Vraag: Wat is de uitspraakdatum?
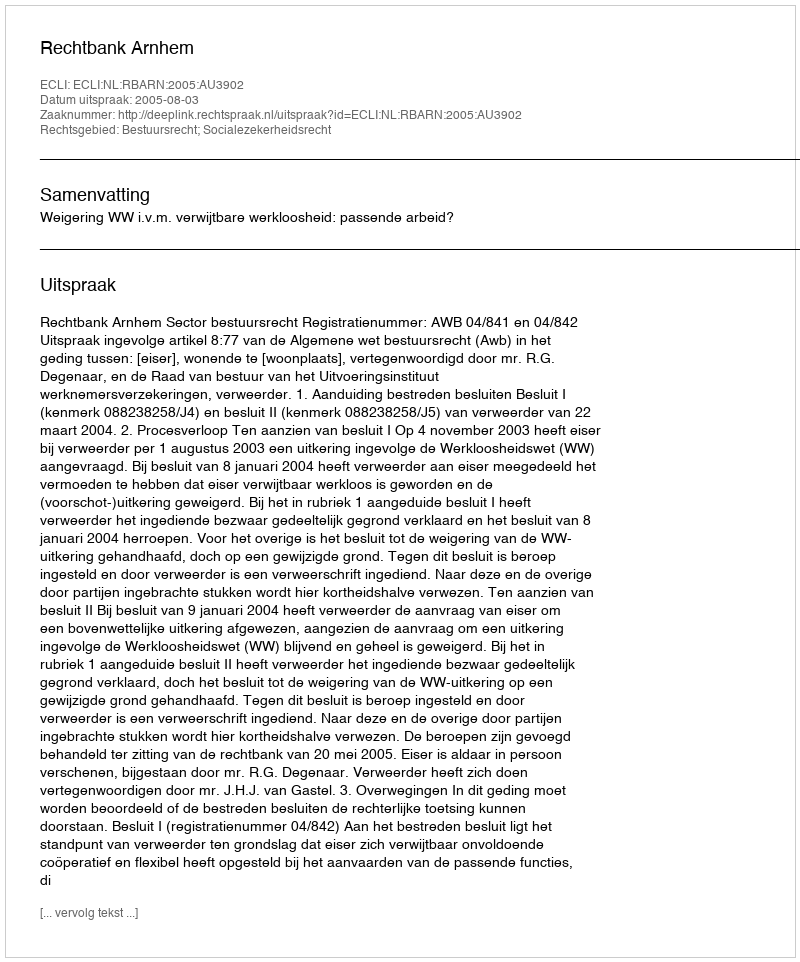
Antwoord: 2005-08-03